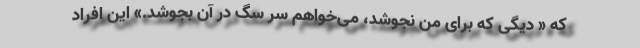
که « دیگی که برای من نجوشد، می‌خواهم سر سگ در آن بجوشد.» این افراد